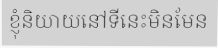
ខ្ញុំនិយាយនៅទីនេះមិនមែន